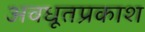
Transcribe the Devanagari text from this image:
अवधूतप्रकाश